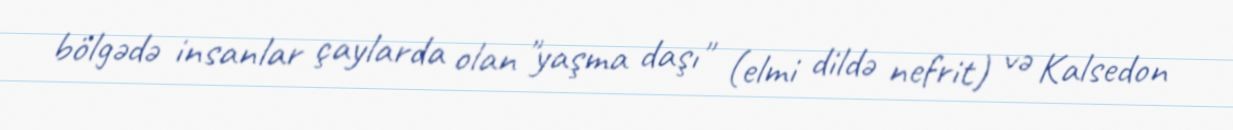
bölgədə insanlar çaylarda olan "yaşma daşı" (elmi dildə nefrit) və Kalsedon